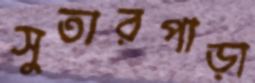
সুতারপাড়া